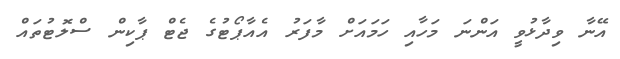
އޭނާ ވިދާޅުވީ އަންނަ މަހާއި ހަމައަށް މާފަރު އެއާޕޯޓުގެ ޖެޓް ޕާކިން ސްލޮޓުތައް